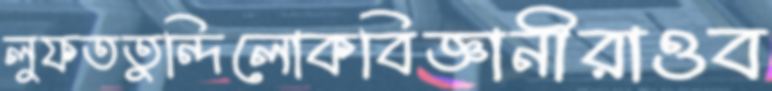
লুফততুন্দিলোকবিজ্ঞানীরাওব